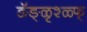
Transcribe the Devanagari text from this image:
ङॅङ्ळृश्ळ्फ्